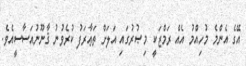
އޭގެ އެންމެ މުހިއްމު އެއް ރަމްޒަކީ މިޞުރުގައި އަލަށް ތަޢާރަފު ކުރެވުނު ޤާނޫނުއަސާސީއެވެ.